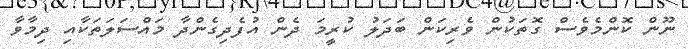
ނޫން ކޮންމެވެސް ގޮތަކުން ވެރިކަން ބަދަލު ކުރީމަ ދެން އުފެދިގެންދާ މައްސަލަތަކާއި ދިމާވާ